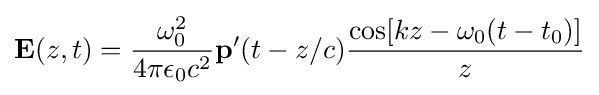
\mathbf {E} (z,t)={\frac {\omega _{0}^{2}}{4\pi \epsilon _{0}c^{2}}}\mathbf {p} '(t-z/c){\frac {\cos[kz-\omega _{0}(t-t_{0})]}{z}}